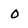
Character: o